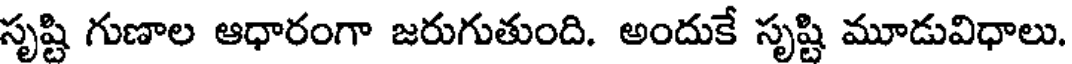
సృష్టి గుణాల ఆధారంగా జరుగుతుంది. అందుకే సృష్టి మూడువిధాలు.